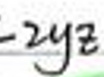
$-2y^{2}$